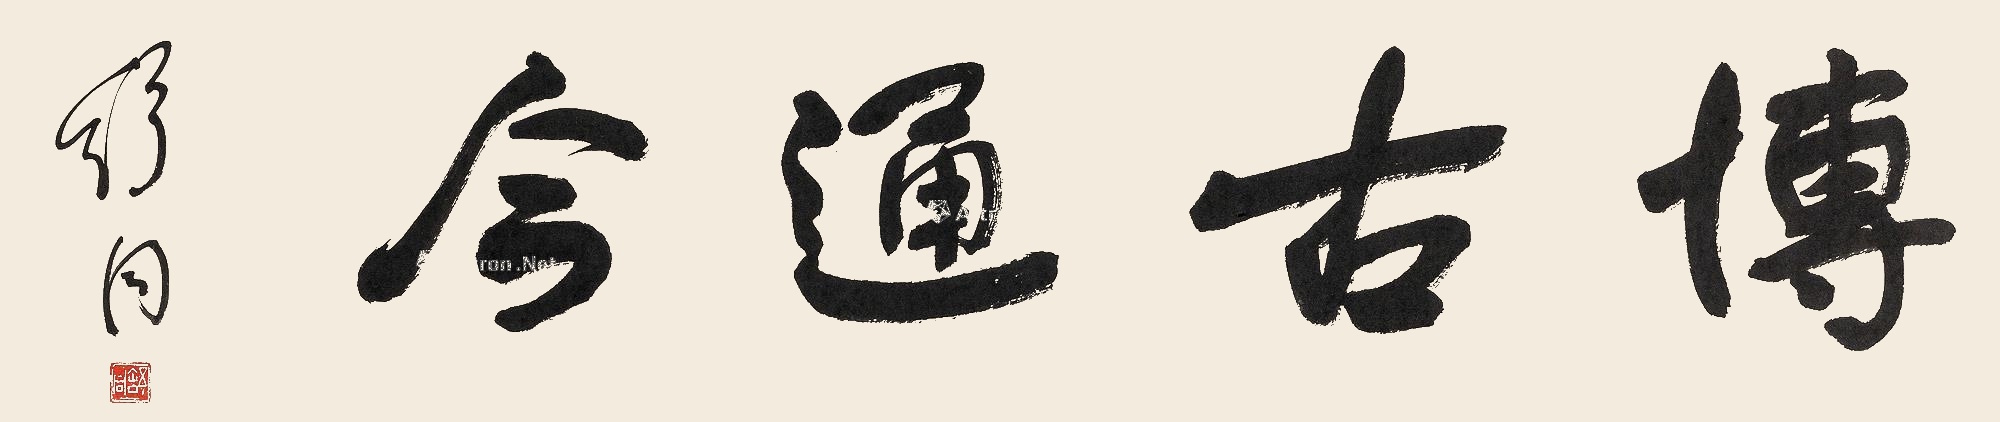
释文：博古通今舒同